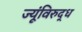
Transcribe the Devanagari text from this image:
ज्यूंविरुद्ध